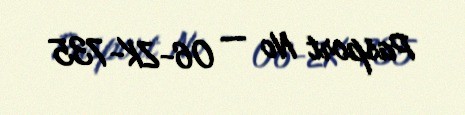
Pasport № — 06-ZK-735